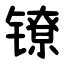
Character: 镣